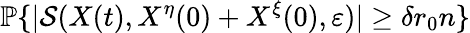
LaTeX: \mathbb{P}\{ |\mathcal{S}(X(t),X^{\eta}(0)+X^{\xi}(0),\varepsilon)|\ge\delta r_{0}n\}